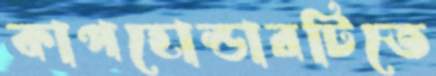
কাপহোল্ডারটিতে